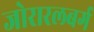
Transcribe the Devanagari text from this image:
जोरारलबर्ग